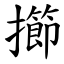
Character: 擳